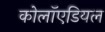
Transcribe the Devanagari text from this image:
कोलॉएडियल